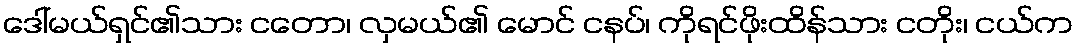
ဒေါ်မယ်ရှင်၏သား ငတော၊ လှမယ်၏ မောင် ငနပ်၊ ကိုရင်ဖိုးထိန်သား ငတိုး၊ ငယ်က